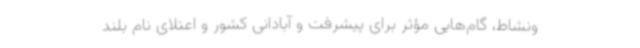
ونشاط، گام‌هایی مؤثر برای پیشرفت و آبادانی کشور و اعتلای نام بلند